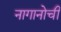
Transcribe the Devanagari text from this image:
नागानोची